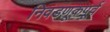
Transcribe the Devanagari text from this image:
निवडणूकपूर्व